Indian journal of veterinary science and animal husbandry - Volume 12,
Year: 1942
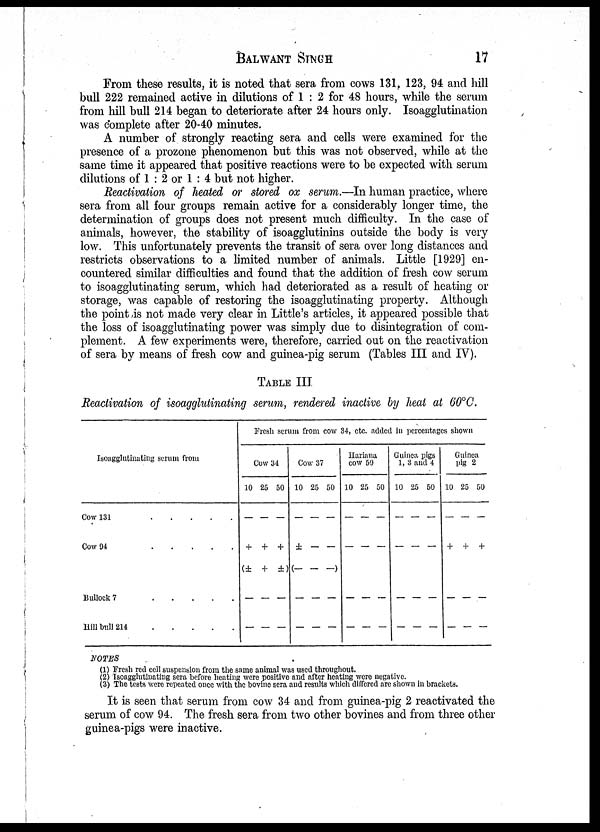
BALWANT
SINGH
17
From these results, it is noted that sera from cows 131, 123, 94 and hill
bull 222 remained active in dilutions of 1 : 2 for 48 hours, while the serum
from hill bull 214 began to deteriorate after 24 hours only. Isoagglutination
was complete after 20-40 minutes.
A number of strongly reacting sera and cells were examined for the
presence of a prozone phenomenon but this was not observed, while at the
same time it appeared that positive reactions were to be expected with serum
dilutions of 1 : 2 or 1 : 4 but not higher.
Reactivation of heated or stored ox serum.—In human practice, where
sera from all four groups remain active for a considerably longer time, the
determination of groups does not present much difficulty. In the case of
animals, however, the stability of isoagglutinins outside the body is very
low. This unfortunately prevents the transit of sera over long distances and
restricts observations to a limited number of animals. Little [1929] en-
countered similar difficulties and found that the addition of fresh cow serum
to isoagglutinating serum, which had deteriorated as a result of heating or
storage, was capable of restoring the isoagglutinating property. Although
the point is not made very clear in Little's articles, it appeared possible that
the loss of isoagglutinating power was simply due to disintegration of com-
plement. A few experiments were, therefore, carried out on the reactivation
of sera by means of fresh cow and guinea-pig serum (Tables III and IV).
TABLE III
Reactivation of isoagglutinating serum, rendered inactive by heat at 60°C.
Isoagglutinating serum from
Cow 131 . . . . .
Cow 94 . . . . .
Bullock 7 . . . . .
Hill bull 214
.
.
.
.
.
Fresh serum from cow 34, etc. added in percentages shown
Cow 34
10 25 50
— — —
+ + +
(± + ±)
— — —
— — —
Cow 37
10 25 50
— — —
± — —
(— — — )
— — —
— — —
Hariana
cow 59
10 25 50
— — —
— — —
— — —
— — —
Guinea pigs
1, 3 and 4
10 25 50
— — —
— — —
— — —
— — —
Guinea
pig 2
10 25 50
— — —
+ + +
— — —
— — —
NOTES
(1) Fresh red cell suspension from the same animal was used throughout.
(2) Isoagglutinating sera before heating were positive and after heating were negative.
(3) The tests were repeated once with the bovine sera and results which differed are shown in brackets.
It is seen that serum from cow 34 and from guinea-pig 2 reactivated the
serum of cow 94. The fresh sera from two other bovines and from three other
guinea-pigs were inactive.